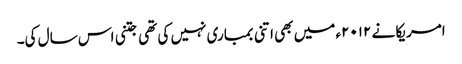
امریکا نے ۲۰۱۲ء میں بھی اتنی بمباری نہیں کی تھی جتنی اس سال کی۔